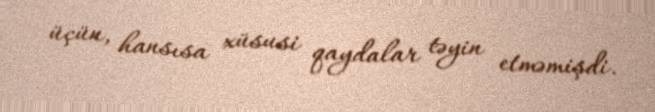
üçün, hansısa xüsusi qaydalar təyin etməmişdi.